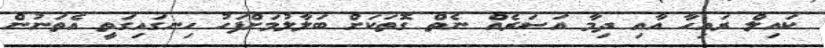
ކައިލް ރައިހާ އާއި ދިމާ އަސަަރެއް ނެތް ގޮތަކަށް ބަލާލުމަށްފަހު ހިނގައިގަތީ އެތަނުން